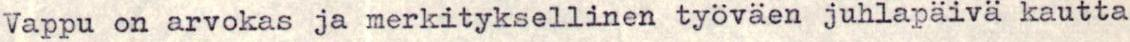
Vappu on arvokas ja merkityksellinen työväen juhlapäivä kautta